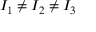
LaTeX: I _ { 1 } \neq I _ { 2 } \neq I _ { 3 }